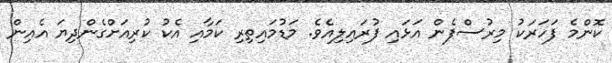
ކޮންމެ ފަހަރަކު މިރުސްފެން އަޅައި ފުރައިލިއެވެ. މަޑުމައިތިރި ކަމާއި އެކު ކުރިއަށްގެންދިޔަ އެއިން